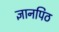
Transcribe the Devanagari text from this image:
ज्ञानपिठ